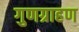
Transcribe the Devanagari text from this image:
गुणग्राहण